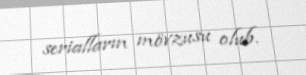
serialların mövzusu olub.